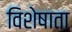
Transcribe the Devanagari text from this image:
विशेषाता